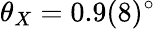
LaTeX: \theta_{X}=0.9(8)^{\circ}